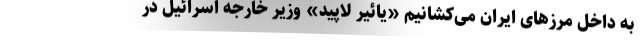
به داخل مرزهای ایران می‌کشانیم «یائیر لاپید» وزیر خارجه اسرائیل در